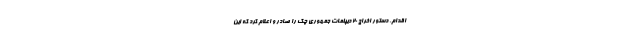
اقدام، دستور اخراج ۲۰ دیپلمات جمهوری چک را صادر و اعلام کرد که این